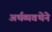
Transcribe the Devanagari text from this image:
अर्थव्यवथेने